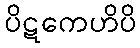
ပိဋကေဟိပိ